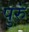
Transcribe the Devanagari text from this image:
पुरुं